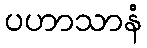
ပဟာသာနံ